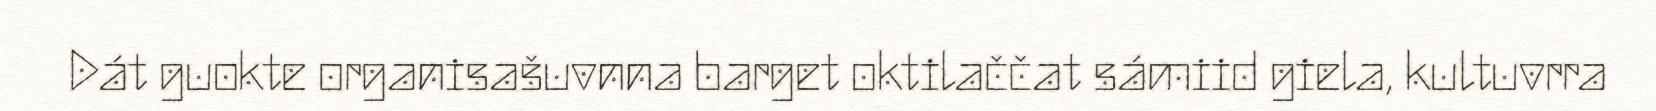
Dát guokte organisašuvnna barget oktilaččat sámiid giela, kultuvrra